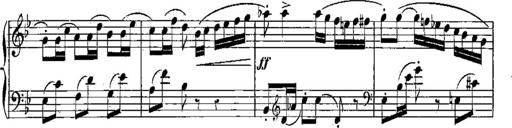
Title: 6 Sonatines
Composer: Albert Lavignac
Key: C major
 G major
 D major
 A minor
 F major
 B-flat major